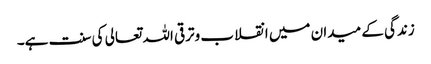
زندگی کے میدان میں انقلاب وترقی اللہ تعالی کی سنت ہے۔